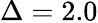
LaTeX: \Delta=2.0